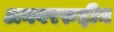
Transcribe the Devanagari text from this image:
अनवररुद्दीन